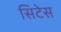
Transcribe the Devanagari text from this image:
सिटेस